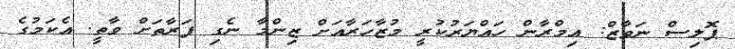
ޕޮލިސް ނަވާޒް: އިމްރާން ހައްޔަރުކުރީ މުޒާހަރާއަށް ޒިންމާ ނެގި ފަރާތަށް ވާތީ. އެކަމުގެ